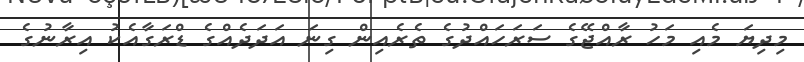
މިދިޔަ މެއި މަހު ރާއްޖޭގެ ސަރަހައްދުގެ ތެރެއިން ގިނަ އަދަދެއްގެ ޑްރަގާއެކު އިރާނުގެ